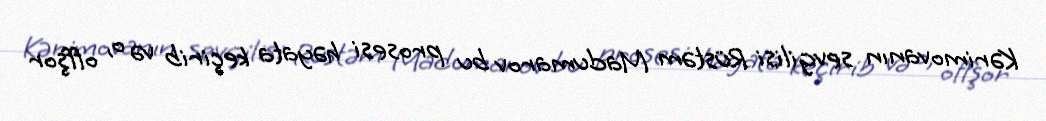
Kərimovanın sevgilisi Rüstəm Madumarov bu prosesi həyata keçirib və o, offşor